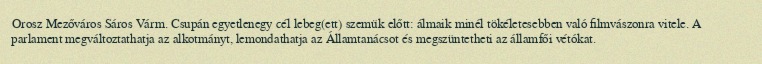
Orosz Mezőváros Sáros Várm. Csupán egyetlenegy cél lebeg(ett) szemük előtt: álmaik minél tökéletesebben való filmvászonra vitele. A parlament megváltoztathatja az alkotmányt, lemondathatja az Államtanácsot és megszüntetheti az államfői vétókat.